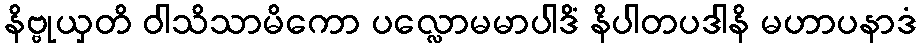
နိဗ္ဗုယှတိ ဝါသိသာမိကော ပလ္လောမမာပါဒိံ နိပါတပဒါနိ မဟာပနာဒံ